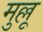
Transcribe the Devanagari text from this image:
मुल्लू